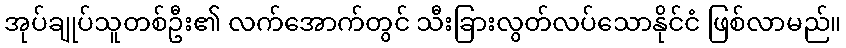
အုပ်ချုပ်သူတစ်ဦး၏ လက်အောက်တွင် သီးခြားလွတ်လပ်သောနိုင်ငံ ဖြစ်လာမည်။